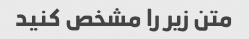
متن زیر را مشخص کنید